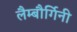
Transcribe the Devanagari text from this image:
लैम्बौर्गिनी